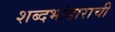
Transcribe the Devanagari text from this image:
शब्दभांडाराची